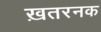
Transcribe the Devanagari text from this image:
ख़तरनक